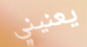
يعنيني